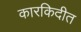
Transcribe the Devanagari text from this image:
कारकिदीत